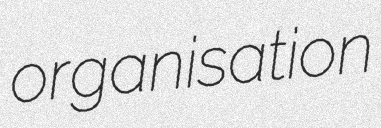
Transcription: organisation